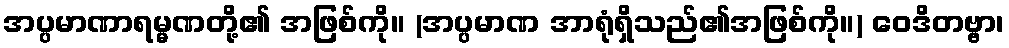
အပ္ပမာဏာရမ္မဏတို့၏ အဖြစ်ကို။ (အပ္ပမာဏ အာရုံရှိသည်၏အဖြစ်ကို။) ဝေဒိတဗ္ဗာ၊